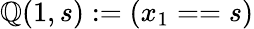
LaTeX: \mathbb{Q}(1,s):=(x_{1}==s)